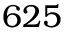
6 2 5